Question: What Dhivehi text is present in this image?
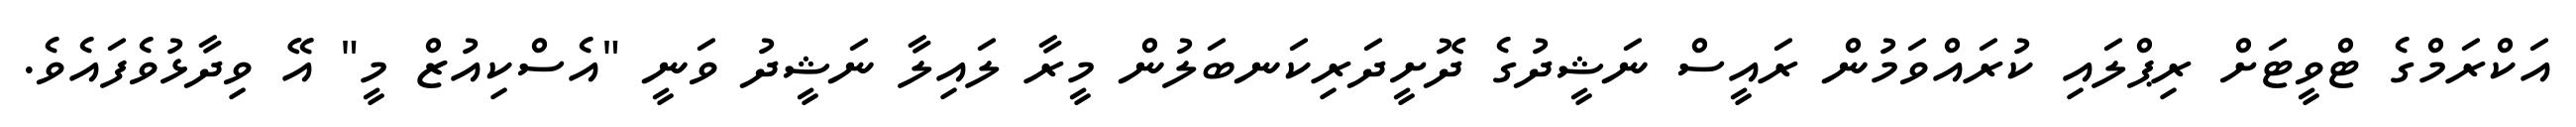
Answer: އަކްރަމްގެ ޓްވީޓަށް ރިޕްލައި ކުރައްވަމުން ރައީސް ނަޝީދުގެ ދޮށީދަރިކަނބަލުން މީރާ ލައިލާ ނަޝީދު ވަނީ "އެސްކިއުޒް މީ" އޭ ވިދާޅުވެފައެވެ.